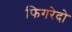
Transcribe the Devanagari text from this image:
फिगरेदो